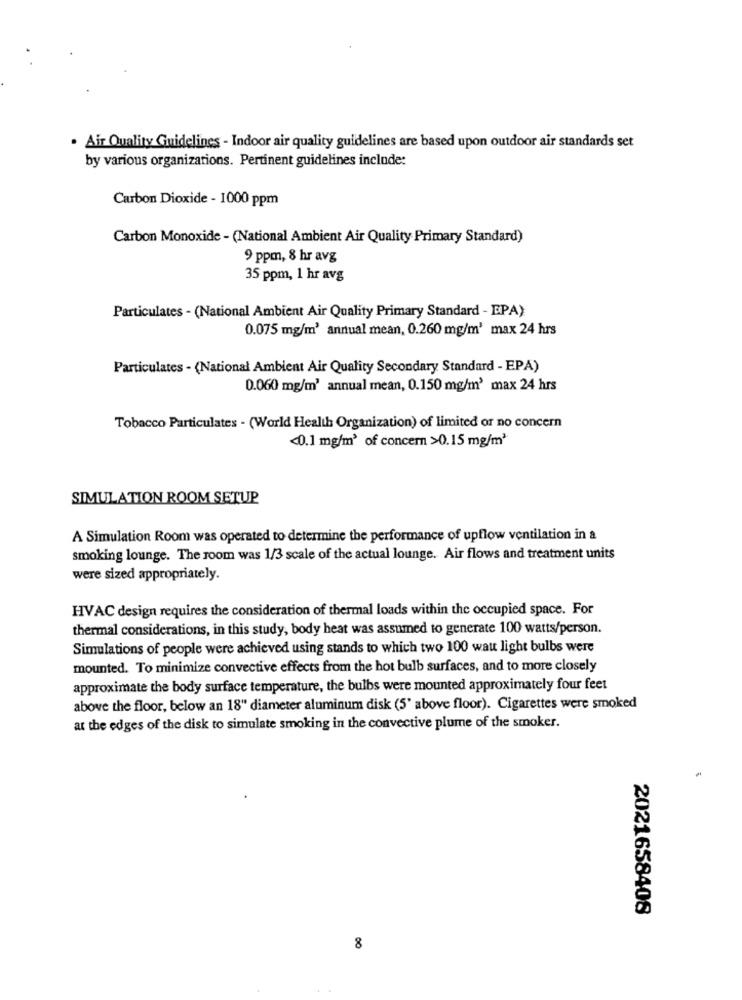
. Air Quality Guidelines - Indoor air quality guidelines are based upon outdoor air standards set
by various organizations. Pertinent guidelines include:
Carbon Dioxide - 1000 ppm
Carbon Monoxide - (National Ambient Air Quality Primary Standard)
9 ppm, 8 hr avg
35 ppm, 1 hr avg
Particulates - (National Ambient Air Quality Primary Standard - EPA)
0.075 mg/m3 annual mean, 0.260 mg/m' max 24 hrs
Particulates - (National Ambient Air Quality Secondary Standard - EPA)
0.060 mg/m' annual mean, 0.150 mg/m3 max 24 hrs
Tobacco Particulates - (World Health Organization) of limited or no concern
<0.1 mg/m3 of concern >0.15 mg/m3
SIMULATION ROOM SETUP
A Simulation Room was operated to determine the performance of upflow ventilation in a
smoking lounge. The room was 1/3 scale of the actual lounge. Air flows and treatment units
were sized appropriately.
HVAC design requires the consideration of thermal loads within the occupied space. For
thermal considerations, in this study, body heat was assumed to generate 100 watts/person.
Simulations of people were achieved using stands to which two 100 watt light bulbs were
mounted. To minimize convective effects from the hot bulb surfaces, and to more closely
approximate the body surface temperature, the bulbs were mounted approximately four feet
above the floor, below an 18" diameter aluminum disk (5' above floor). Cigarettes were smoked
at the edges of the disk to simulate smoking in the convective plume of the smoker.
2021658408
8